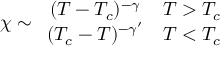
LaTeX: \chi \sim \begin{array} { c c } { { ( T - T _ { c } ) ^ { - \gamma } } } & { { T > T _ { c } } } \\ { { ( T _ { c } - T ) ^ { - \gamma ^ { \prime } } } } & { { T < T _ { c } } } \end{array}